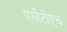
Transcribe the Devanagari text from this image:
एसीटीएच